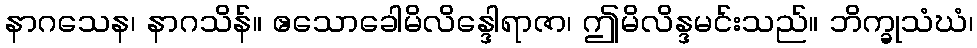
နာဂသေန၊ နာဂသိန်။ ဧသောခေါမိလိန္ဒေါရာဇာ၊ ဤမိလိန္ဒမင်းသည်။ ဘိက္ခုသံဃံ၊